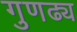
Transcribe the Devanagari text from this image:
गुणढ्य